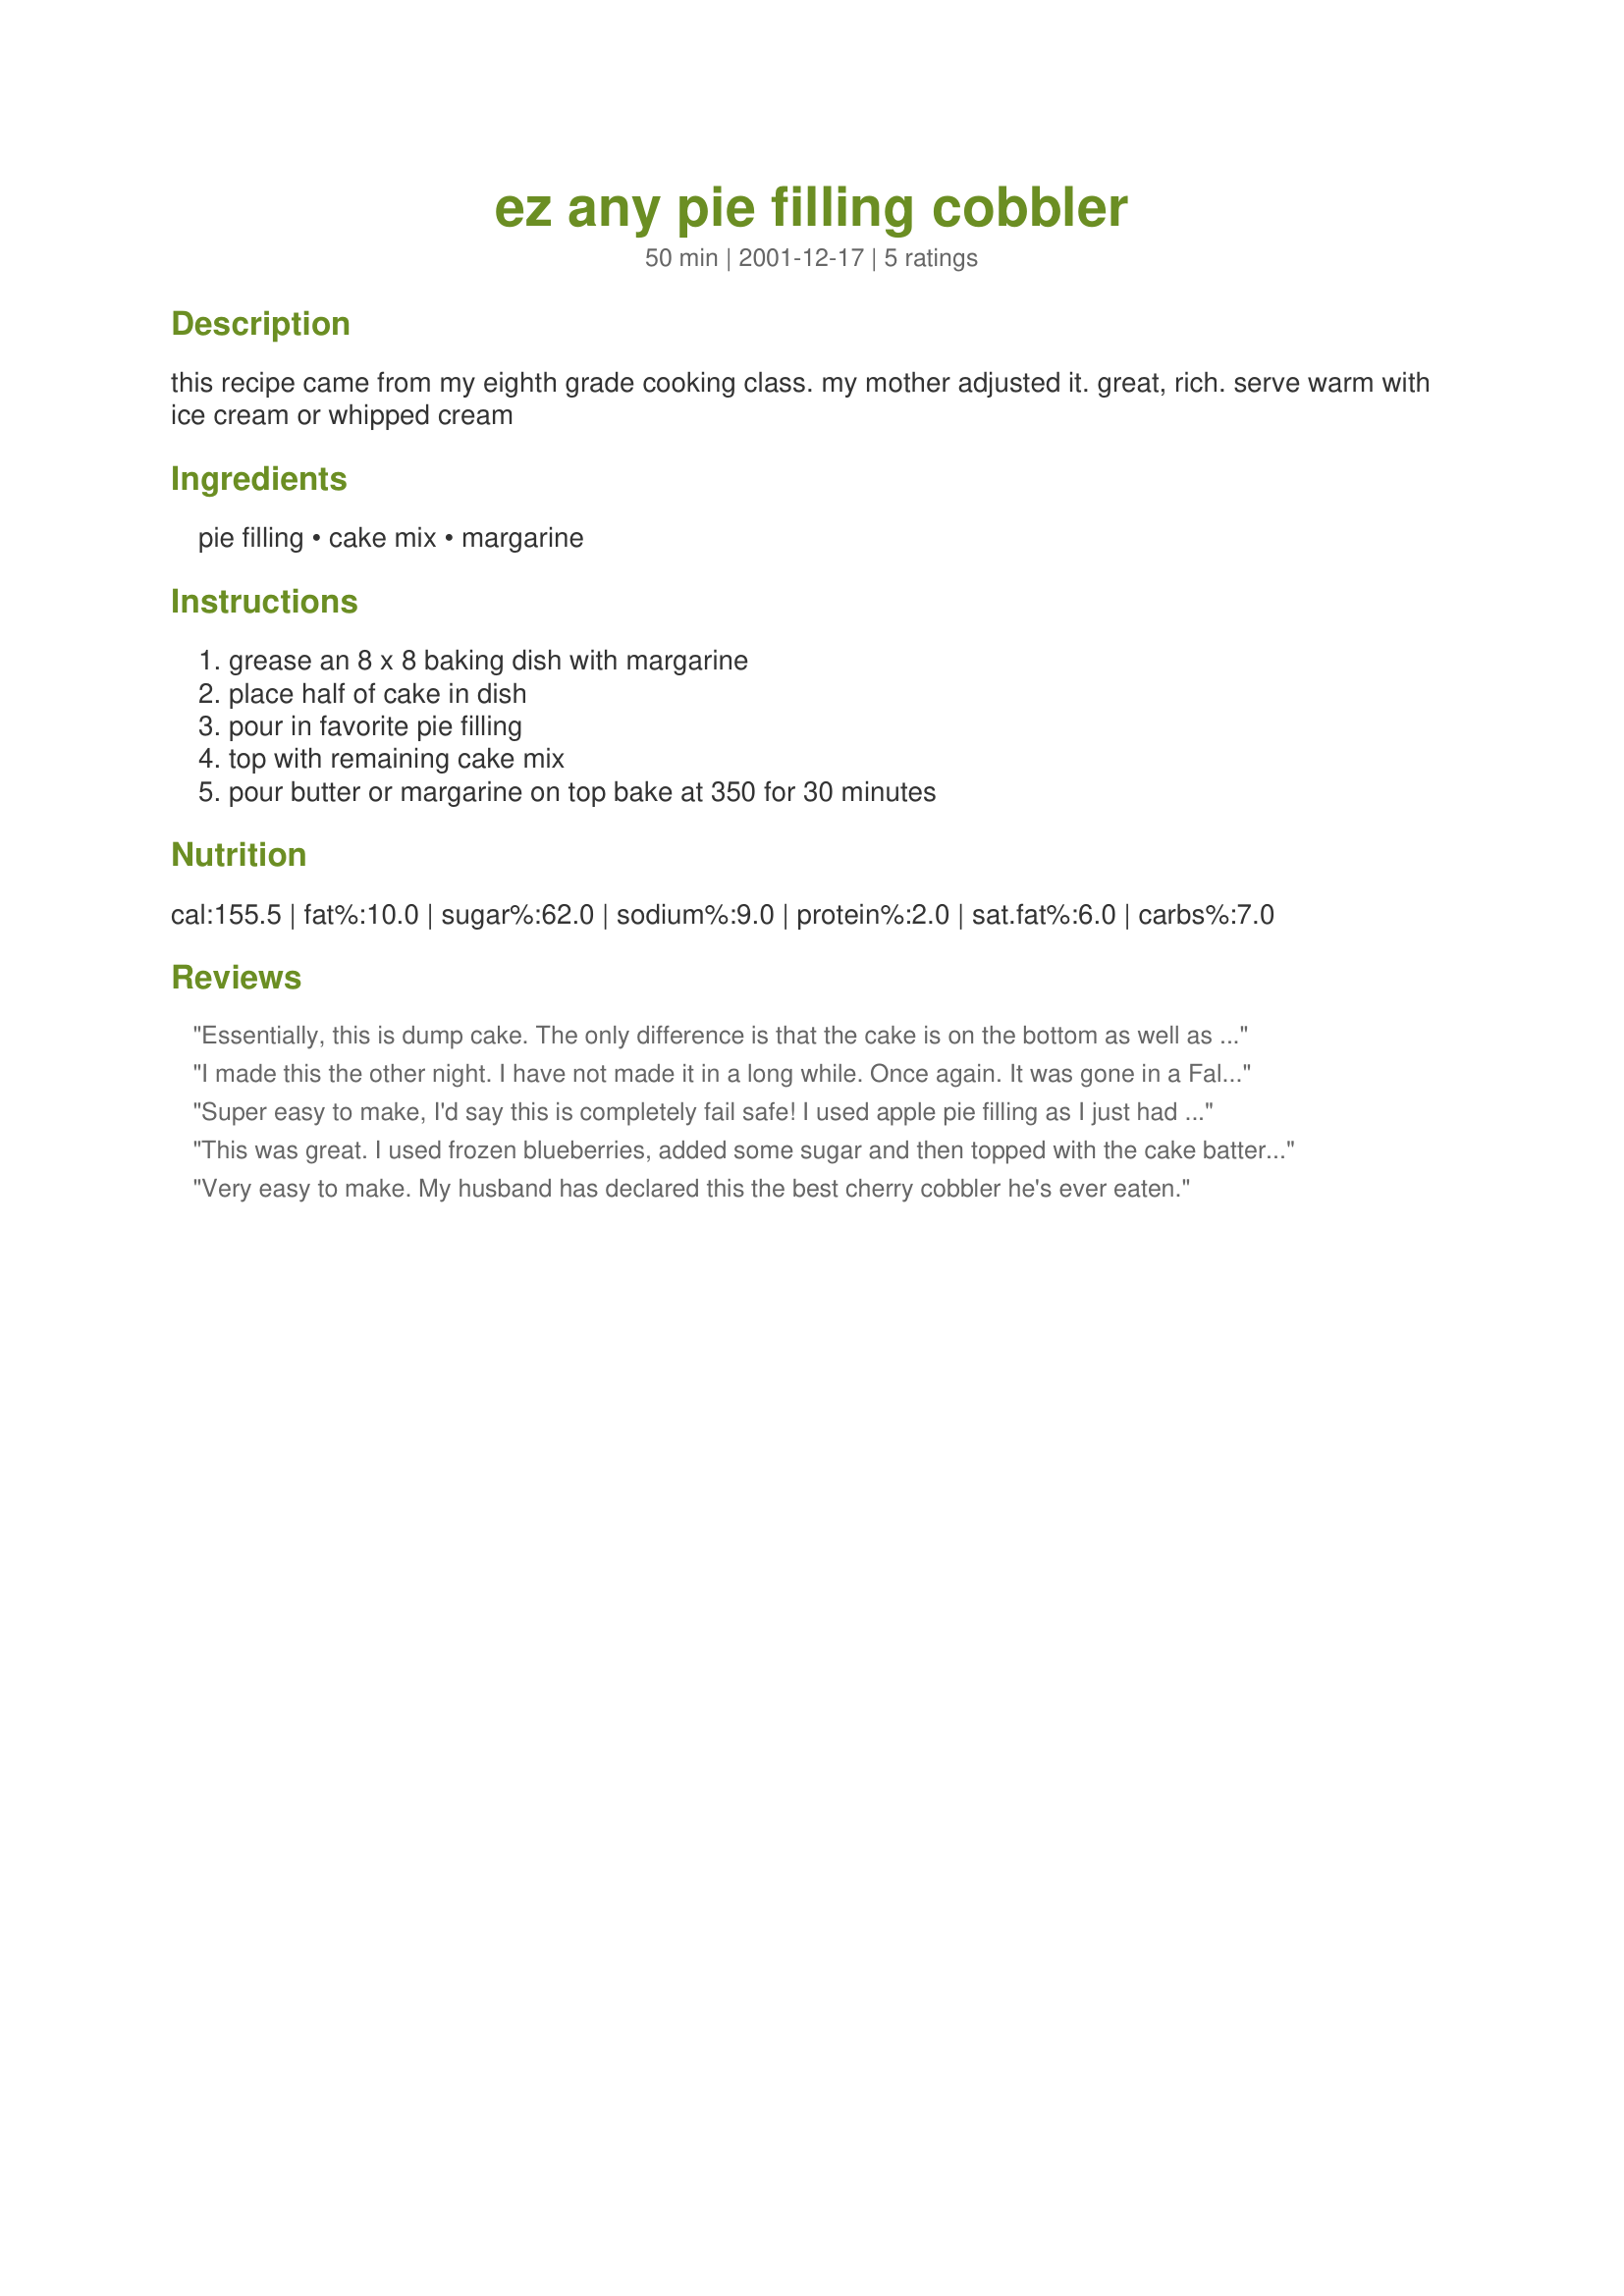
ez any pie filling cobbler
Preparation time: 50 minutes

this recipe came from my eighth grade cooking class. my mother adjusted it. great, rich. serve warm with ice cream or whipped cream

Ingredients:
pie filling, cake mix, margarine

Steps:
grease an 8 x 8 baking dish with margarine, place half of cake in dish, pour in favorite pie filling, top with remaining cake mix, pour butter or margarine on top bake at 350 for 30 minutes

Reviews:
Essentially, this is dump cake. The only difference is that the cake is on the bottom as well as the top, and no butter is used. Still, very easy and quick dessert.
I made this the other night. I have not made it in a long while. Once again. It was gone in a Falsh! I used Cherry pie filling. I am going to use Peach next. You may want to bake this longer. I baked it 45 mins.
Super easy to make, I'd say this is completely fail safe! I used apple pie filling as I just had a mad craving for apples and this turned out great! The top was crunchy and sweet and the filling complimented it well. Will definitely make this again, maybe with cherry next time!
This was great. I used frozen blueberries, added some sugar and then topped with the cake batter. Yummy!
Very easy to make. My husband has declared this the best cherry cobbler he's ever eaten.
